Rae_vallavalitsus, lk 79
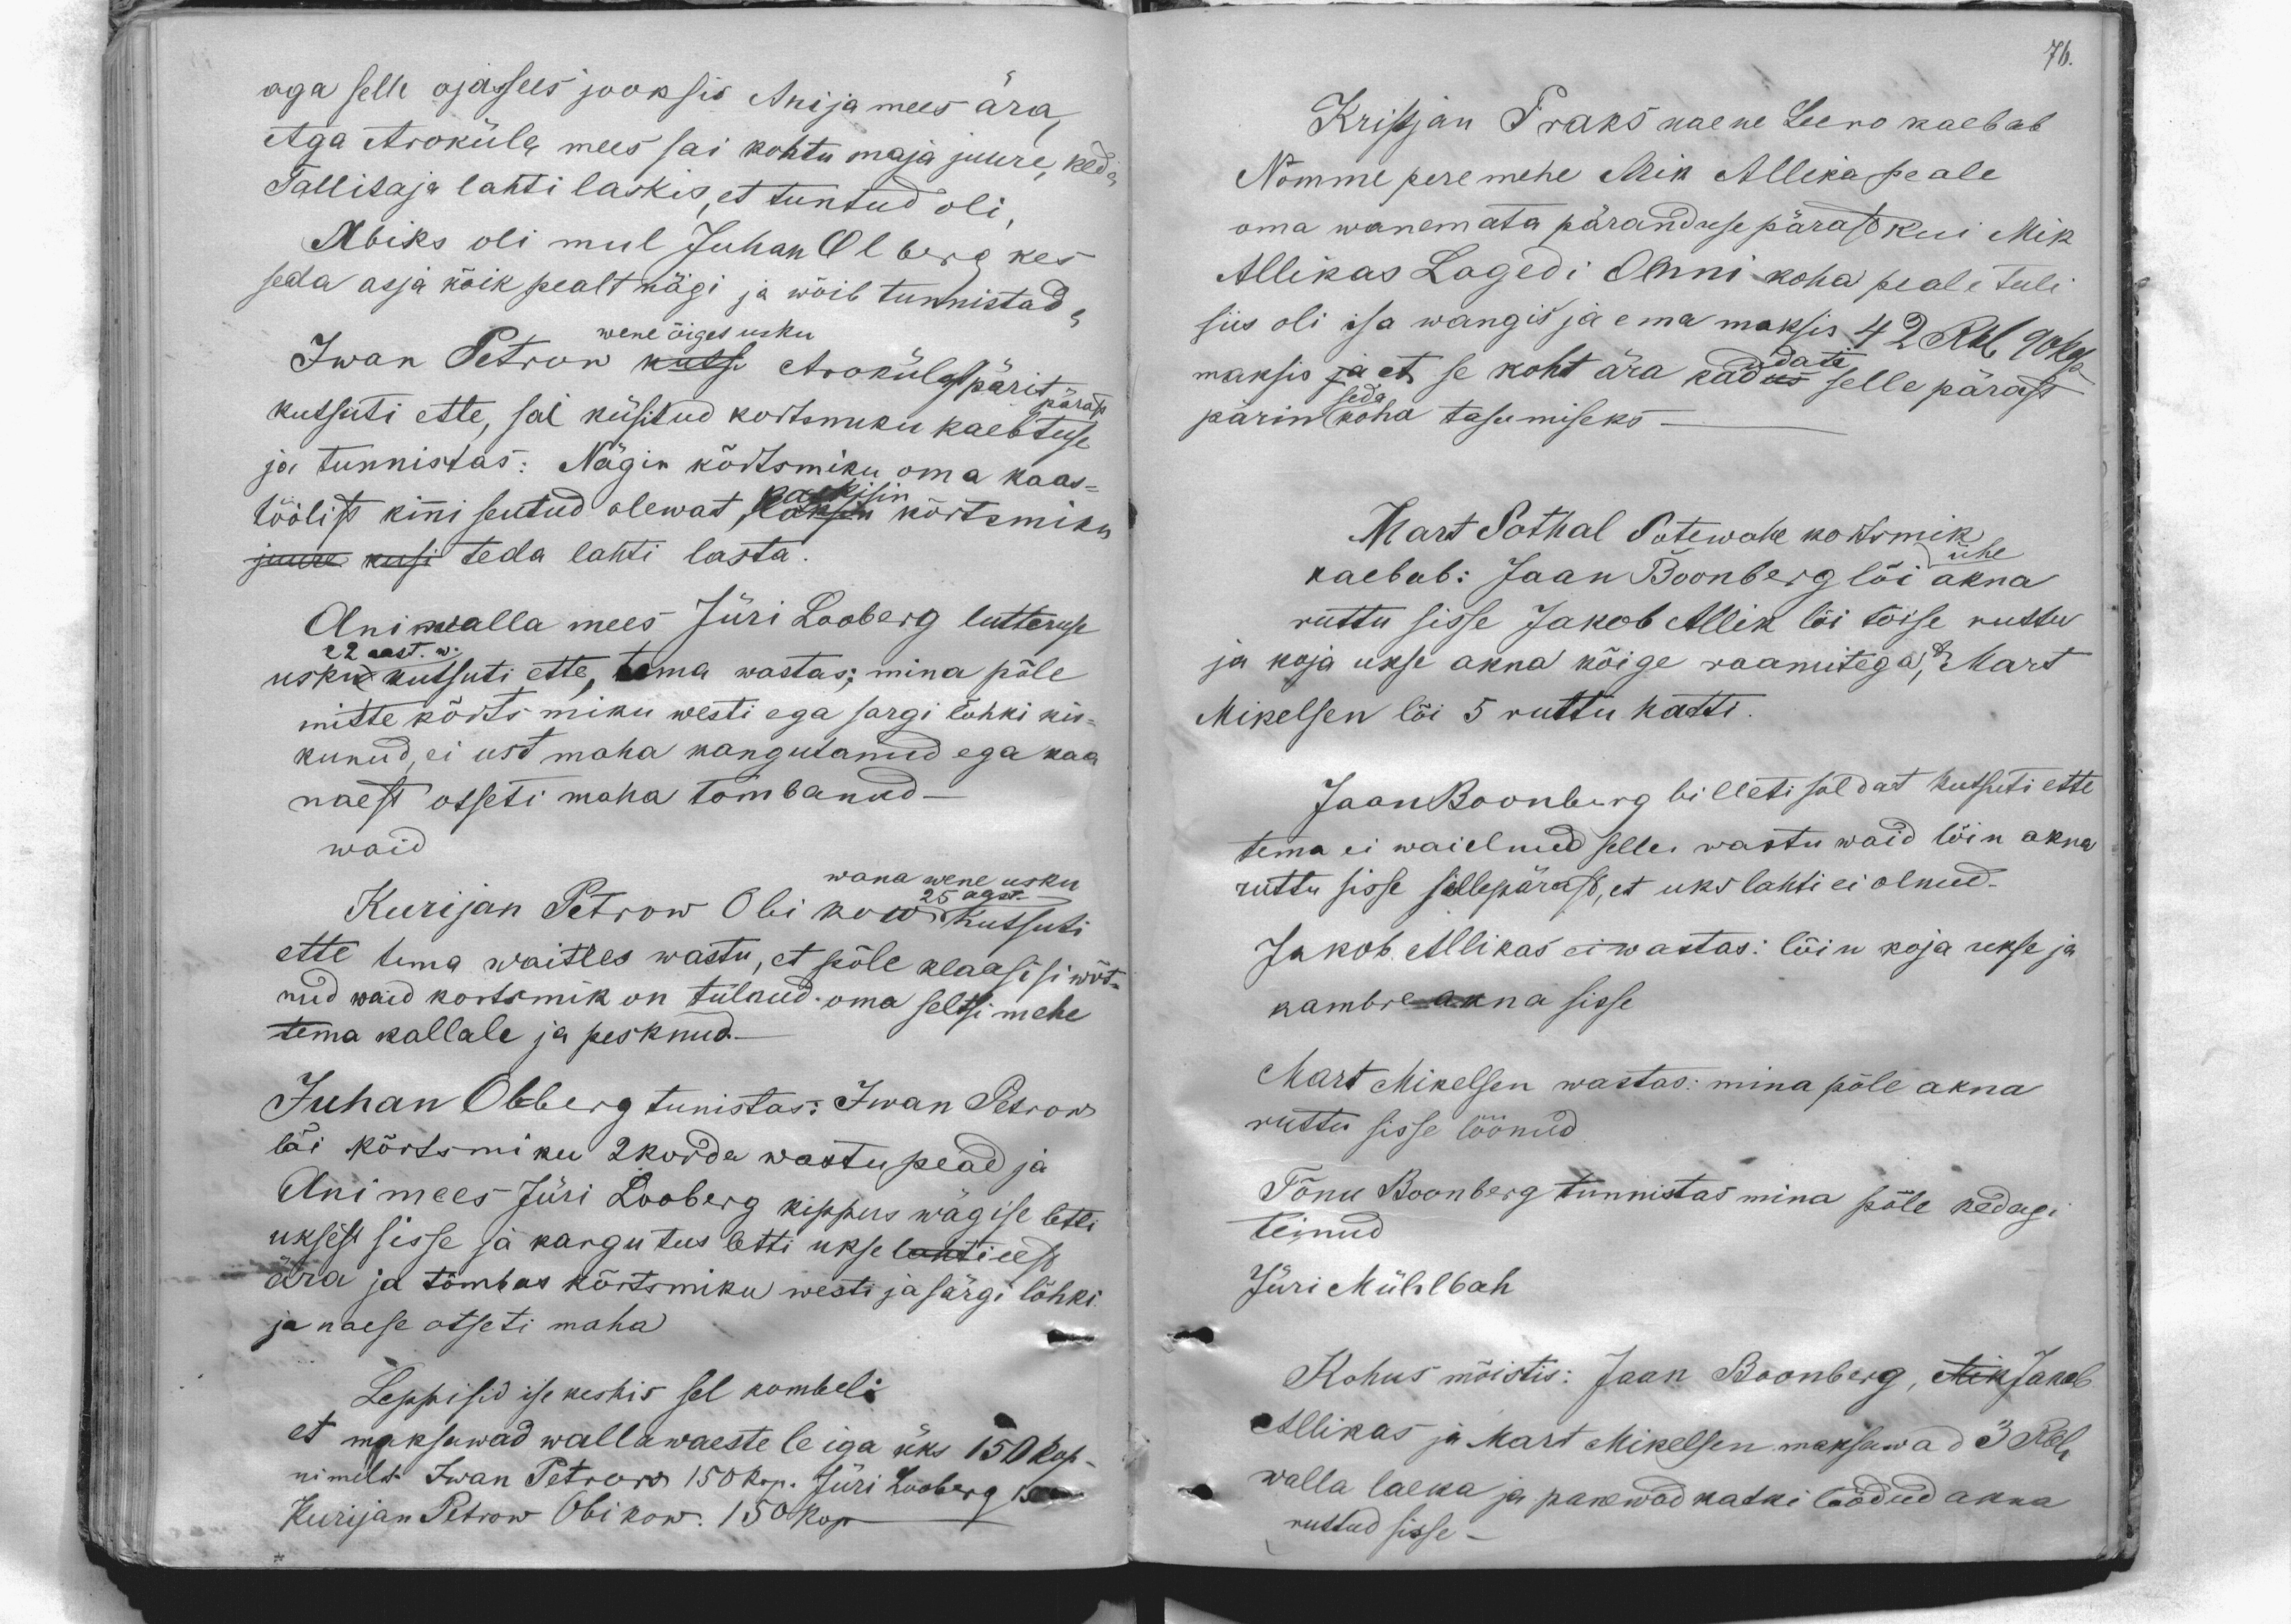
aga selle ajasees jooksis Anija mees ära,
Aga Aroküla mees sai kohtu maja juure, keda
Tallitaja lahti laskis, et tuntud oli,
Abiks oli mul Juhan Olberg kes
seda asja kõik pealt kägi ja wõib tunnistada
wene õiget usku.
Iwan Petrow kutsu Arokülast pärit
kutsuti ette, sai küsitud kortsmiku kaebtuse
pärast
ja tunnistas: Nägin kõrtsmiku oma kaas-
töölist kinni seutud olewat kaskisin kõrtsmiku
juure kusi teda lahti lasta.
Aniwalla mees Jüri Looberg lutteruse
usku kutsuti ette, tema wastas; mina põle
22 aast. w
mitte kõrtsmiku westi ega sargi lohki kis-
kunud, ei ust maha kangutanud ega kaa
naest otseti maha tombanud-
waid
Kurijan Petrow Obikow kutsuti
wana wene usku
25 aast.
ette tema waitles wastu, et põle klaasisi wõt-
nud waid kortsmik on tulnud oma seltsi mehe
tema kallale ja pesknud.-
Juhan Olberg tunistas: Iwan Petrow
lõi kõrtsmiku 2korda wastu pead ja
Animees Jüri Looberg kippus wagise letti
uksest sisse ja kangutus letti ukse lahti eest
ära ja tõmbas kõrtsmiku westi ja särgi lõhki
ja naese otseti maha
Leppisid ise keskis sel kombel:
et maksawad wallawaestele iga üks 150 kop
nimelt Iwan Petrow 150 kop. Jüri Looberg 150
Kuran Petrow Obikow. 150 kop-

76.
Kripstan Praks naene Leeno kaebab
Nõmme peremehe Mik Allika peale
oma wanemata päranduse pärast kui Mik
Allikas Lagedi Oenni koha peale tuli
siis oli isa wangis ja ema maksis 42 Rbl. 90kop-
udati
maksis ja et se koht ära kadus selle pärast
pärin seda koha tasumiseks
Mart Sothal Sotewahe kortsmik
ühe
kaebab: Jaan Boonberg lõi akna
ruttu sisse Jakob Allik lõi tõise ruttu
ja koja ukse akna kõige raamitega, A Mart
Mikelsen lõi 5 ruttu katti.
JaanBoonburg billeti soldat kutsuti ette
tema ei waielnud selle wastu waid lõin akna
ruttu sisse sellepärast, et uks lahti ei olnud.
Jakob Allikas ei wastas: lõin koja ukse ja
kambre akna sisse
Mart Mikelsen wastas: mina põle akna
ruttu sisse löönud
Tõnu Boonberg tunnistas mina põle kedagi
teinud
Jüri Mühlbah
Kohus mõistis: Jaan Boonberg, Mik Jakob
Allikas ja Mart Mikelsen maksawad 3 Rbl
walla laeka ja panewad katki löödud akna
ruttud sisse -